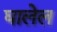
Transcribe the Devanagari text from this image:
घालेल